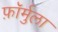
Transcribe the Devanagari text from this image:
फ़ॉर्मुला